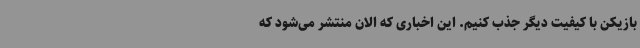
بازیکن با کیفیت دیگر جذب کنیم. این اخباری که الان منتشر می‌شود که